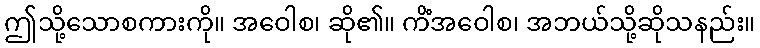
ဤသို့သောစကားကို။ အဝေါစ၊ ဆို၏။ ကိံအဝေါစ၊ အဘယ်သို့ဆိုသနည်း။